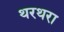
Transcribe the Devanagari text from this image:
थरथरा